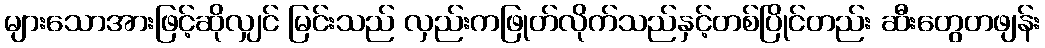
များသောအားဖြင့်ဆိုလျှင် မြင်းသည် လှည်းကဖြုတ်လိုက်သည်နှင့်တစ်ပြိုင်တည်း ဆီးတွေတဖျန်း